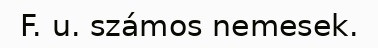
F. u. számos nemesek.